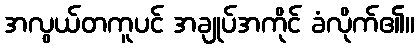
အလွယ်တကူပင် အချုပ်အကိုင် ခံလိုက်၏။